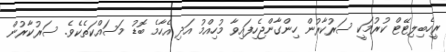
ރީހެބިލިޓޭޓް ކުރުމަކީ ސަރުކާރުން ހިންގާންޖެހިފައިވާ މުހިއްމު އަދި އެހާމެ ބޮޑު މަސައްކަތެކެވެ. ސަރުކާރުން